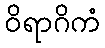
ဝိရာဂိကံ